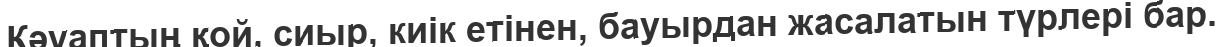
Кәуаптың қой, сиыр, киік етінен, бауырдан жасалатын түрлері бар.